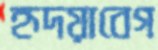
হৃদয়াবেগ